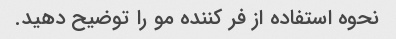
نحوه استفاده از فر کننده مو را توضیح دهید.